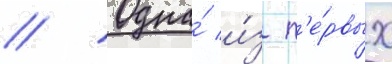
// Одна́ и́з п'е́рвых